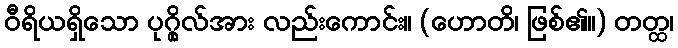
ဝီရိယရှိသော ပုဂ္ဂိုလ်အား လည်းကောင်း။ (ဟောတိ၊ ဖြစ်၏။) တတ္ထ၊